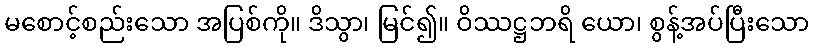
မစောင့်စည်းသော အပြစ်ကို။ ဒိသွာ၊ မြင်၍။ ဝိဿဋ္ဌဘရိ ယော၊ စွန့်အပ်ပြီးသော